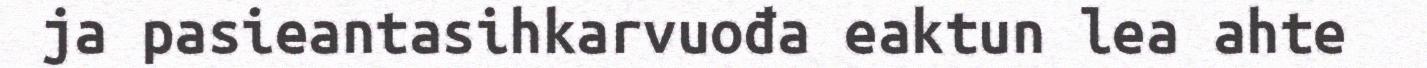
ja pasieantasihkarvuođa eaktun lea ahte